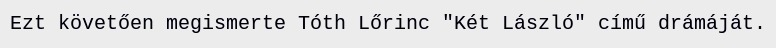
Ezt követően megismerte Tóth Lőrinc "Két László" című drámáját.